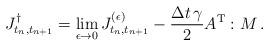
LaTeX: \begin{align*} J^\dagger_{t_n,t_{n+1}} = \lim_{\epsilon \to 0} J^{(\epsilon)}_{t_n,t_{n+1}} - \frac{\Delta t\,\gamma}{2} A^{\rm T} :M\,.\end{align*}